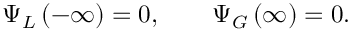
\Psi _ { L } \left( - \infty \right) = 0 , \qquad \Psi _ { G } \left( \infty \right) = 0 .